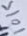
Text: 10K